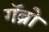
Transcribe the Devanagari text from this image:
गॅब्रो